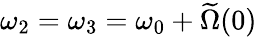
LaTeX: \omega_{2}=\omega_{3}=\omega_{0}+\widetilde\Omega(0)